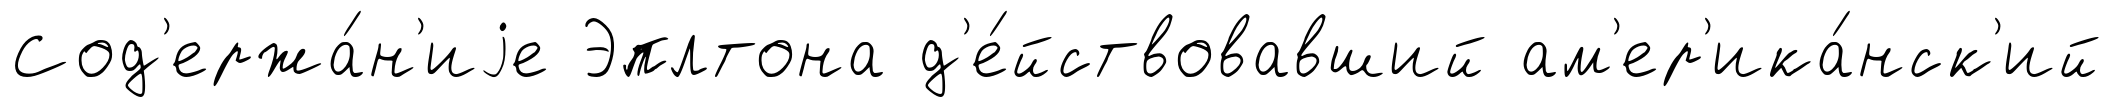
Сод'ержа́н'иjе Эплтона д'е́йствовавший ам'ер'ика́нск'ий